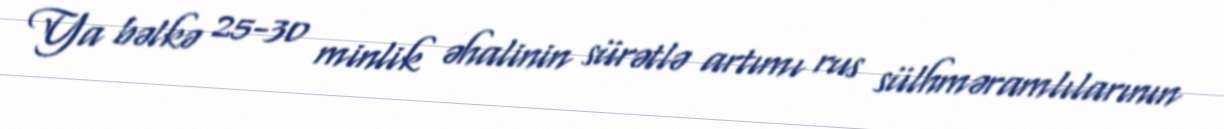
Ya bəlkə 25-30 minlik əhalinin sürətlə artımı rus sülhməramlılarının